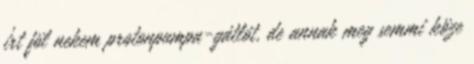
írt föl nekem protonpumpa-gátlót, de annak meg semmi köze